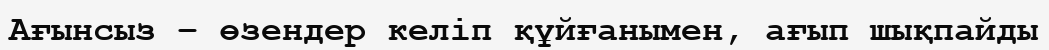
Ағынсыз – өзендер келіп құйғанымен, ағып шықпайды